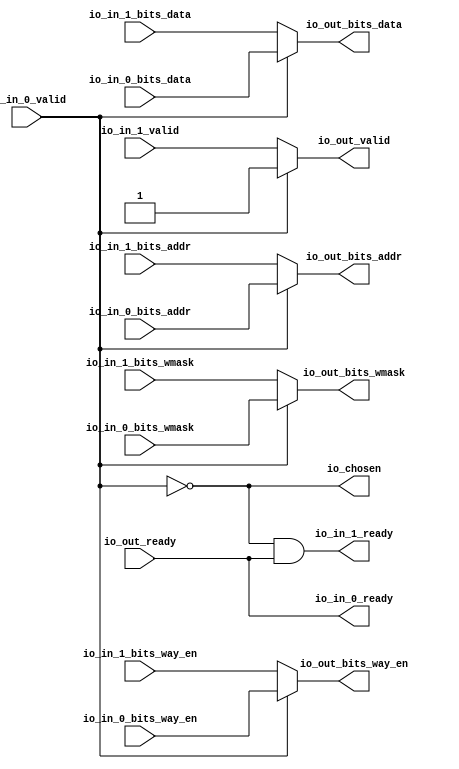
module Arbiter_3
(
  io_in_1_ready,
  io_in_1_valid,
  io_in_1_bits_way_en,
  io_in_1_bits_addr,
  io_in_1_bits_wmask,
  io_in_1_bits_data,
  io_in_0_ready,
  io_in_0_valid,
  io_in_0_bits_way_en,
  io_in_0_bits_addr,
  io_in_0_bits_wmask,
  io_in_0_bits_data,
  io_out_ready,
  io_out_valid,
  io_out_bits_way_en,
  io_out_bits_addr,
  io_out_bits_wmask,
  io_out_bits_data,
  io_chosen
);

  input [3:0] io_in_1_bits_way_en;
  input [11:0] io_in_1_bits_addr;
  input [1:0] io_in_1_bits_wmask;
  input [127:0] io_in_1_bits_data;
  input [3:0] io_in_0_bits_way_en;
  input [11:0] io_in_0_bits_addr;
  input [1:0] io_in_0_bits_wmask;
  input [127:0] io_in_0_bits_data;
  output [3:0] io_out_bits_way_en;
  output [11:0] io_out_bits_addr;
  output [1:0] io_out_bits_wmask;
  output [127:0] io_out_bits_data;
  input io_in_1_valid;
  input io_in_0_valid;
  input io_out_ready;
  output io_in_1_ready;
  output io_in_0_ready;
  output io_out_valid;
  output io_chosen;
  wire [3:0] io_out_bits_way_en;
  wire [11:0] io_out_bits_addr;
  wire [1:0] io_out_bits_wmask;
  wire [127:0] io_out_bits_data;
  wire io_in_1_ready,io_in_0_ready,io_out_valid,io_chosen,N0,N1,io_out_ready,T7;
  assign io_in_0_ready = io_out_ready;
  assign io_chosen = ~io_in_0_valid;
  assign io_out_bits_data = (N0)? io_in_1_bits_data : 
                            (N1)? io_in_0_bits_data : 1'b0;
  assign N0 = io_chosen;
  assign N1 = io_in_0_valid;
  assign io_out_bits_wmask = (N0)? io_in_1_bits_wmask : 
                             (N1)? io_in_0_bits_wmask : 1'b0;
  assign io_out_bits_addr = (N0)? io_in_1_bits_addr : 
                            (N1)? io_in_0_bits_addr : 1'b0;
  assign io_out_bits_way_en = (N0)? io_in_1_bits_way_en : 
                              (N1)? io_in_0_bits_way_en : 1'b0;
  assign io_out_valid = (N0)? io_in_1_valid : 
                        (N1)? io_in_0_valid : 1'b0;
  assign io_in_1_ready = T7 & io_out_ready;
  assign T7 = ~io_in_0_valid;

endmodule